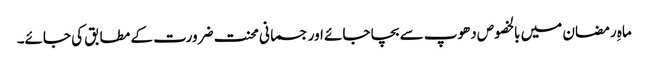
ماہِ رمضان میں بالخصوص دھوپ سے بچا جائے اور جسمانی محنت ضرورت کے مطابق کی جائے۔